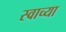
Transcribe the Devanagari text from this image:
स्वाच्या